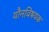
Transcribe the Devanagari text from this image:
यौनविषयक